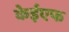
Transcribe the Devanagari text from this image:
केईएफ